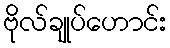
ဗိုလ်ချုပ်ဟောင်း